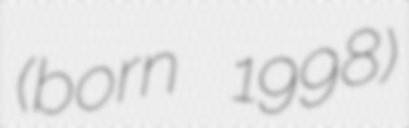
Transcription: (born 1998)